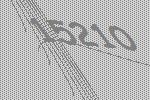
15210